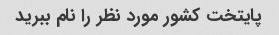
پایتخت کشور مورد نظر را نام ببرید